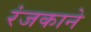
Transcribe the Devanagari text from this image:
रंजकाने